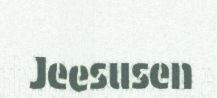
Jeesusen